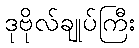
ဒုဗိုလ်ချုပ်ကြီး